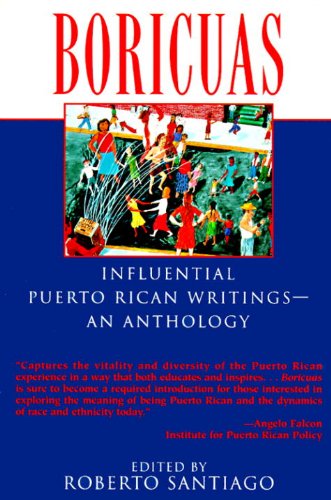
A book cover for Boricuas: Influential Puerto Rican Writings - An Anthology; Roberto Santiago; Literature & Fiction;